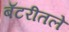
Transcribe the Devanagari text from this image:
बॅटरीतले